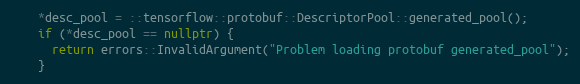
Language: C++
    *desc_pool = ::tensorflow::protobuf::DescriptorPool::generated_pool();
    if (*desc_pool == nullptr) {
      return errors::InvalidArgument("Problem loading protobuf generated_pool");
    }